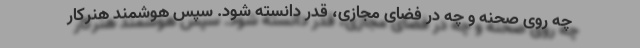
چه روی صحنه و چه در فضای مجازی، قدر دانسته شود. سپس هوشمند هنرکار